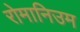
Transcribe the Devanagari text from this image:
रोमानिउम